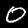
Digit: 0